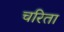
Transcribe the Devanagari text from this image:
चरिता